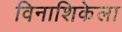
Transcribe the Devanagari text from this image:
विनाशिकेला